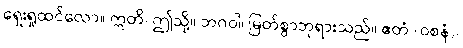
ရှေးရှုထင်လော။ ဣတိ၊ ဤသို့။ ဘဂဝါ၊ မြတ်စွာဘုရားသည်။ ဧတံ (ဝစနံ)၊